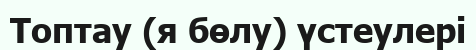
Топтау (я бөлу) үстеулері